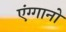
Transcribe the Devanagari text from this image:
एंग्गानो